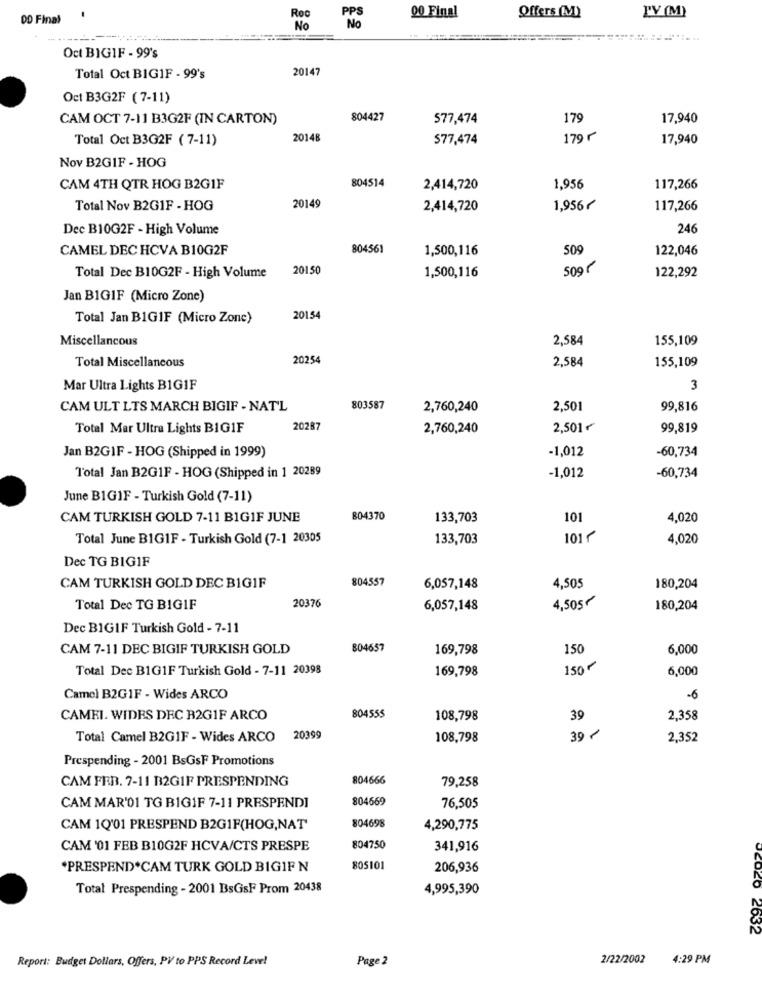
OD Final
00 Final
Offers (M)
PY (M)
No
Oct BIGIF - 99's
20147
Total Oct BIGIF - 99's
Oct B3G2F (7-11)
CAM OCT 7-11 B3G2F (IN CARTON)
804427
577,474
179
17,940
Total Oct B3G2F ( 7-11)
20148
$77,474
179 r
17,940
Nov B2GIF - HOG
804514
CAM 4TH QTR HOG B2GIF
2,414,720
1,956
117,266
20149
Total Nov B2GIF - HOG
2,414,720
1,956€
117,266
Dec B10G2F - High Volume
246
CAMEL DEC HCVA B10G2F
804561
1,500,116
509
122,046
20150
50gr
Total Dec B10G2F - High Volume
1,500,116
122,292
Jan BIGIF (Micro Zone)
Total Jan BIGIF (Micro Zone)
20154
Miscellancous
2,584
155,109
Total Miscellaneous
20254
2,584
155,109
Mar Ultra Lights B1GIF
3
CAM ULT LTS MARCH BIGIF - NATL
803587
2,760,240
2,501
99,816
Total Mar Ultra Lights BIG1F
20287
2,760,240
2,501~
99,819
Jan B2GIF - HOG (Shipped in 1999)
-1,012
-60,734
-1,012
Total Jan B2GIF - HOG (Shipped in 1 20289
-60,734
June B1GIF - Turkish Gold (7-11)
CAM TURKISH GOLD 7-11 BIGIF JUNE
804370
133,703
101
4,020
Total June B1GIF - Turkish Gold (7-1 20305
133,703
101 5
4,020
Dec TG BIGIF
804557
4,505
CAM TURKISH GOLD DEC BIGIF
6,057,148
180,204
20376
4,505
Total Dec TG BIGIF
6,057,148
180,204
Dec BIGIF Turkish Gold - 7-11
CAM 7-11 DEC BIGIF TURKISH GOLD
804657
169,798
150
6,000
Total Dec B1G1F Turkish Gold - 7-11 20398
169,798
150-
6,000
Camel B2GIF - Wides ARCO
-6
CAMEI. WIDES DEC B2GIF ARCO
804555
108,798
39
2,358
39 /
Total Camel B2GIF - Wides ARCO 20399
108,798
2,352
Prespending - 2001 BsGsF Promotions
CAM FRR. 7-11 B2GIF PRESPENDING
804666
79,258
804669
CAM MAR'01 TG BIGIF 7-11 PRESPENDI
76,505
804698
CAM 1Q'01 PRESPEND B2GIF(HOG,NAT
4,290,775
CAM '01 FEB B10G2F HCVA/CTS PRESPE
804750
341,916
*PRESPEND*CAM TURK GOLD BIGIF N
805101
206,936
Total Prespending - 2001 BsGsF Prom 20438
4,995,390
OCO20 2632
Report: Budget Dollars, Offers, PV to PPS Record Level
Page 2
2/22/2002
4:29 PM